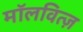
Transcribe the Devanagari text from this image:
मॉलवित्ज़